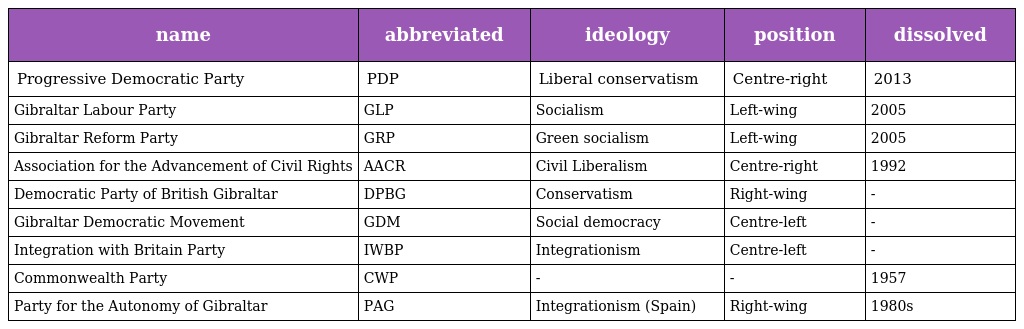
| name | abbreviated | ideology | position | dissolved |
 | --- | --- | --- | --- | --- |
 | Progressive Democratic Party | PDP | Liberal conservatism | Centre-right | 2013 |
 | Gibraltar Labour Party | GLP | Socialism | Left-wing | 2005 |
 | Gibraltar Reform Party | GRP | Green socialism | Left-wing | 2005 |
 | Association for the Advancement of Civil Rights | AACR | Civil Liberalism | Centre-right | 1992 |
 | Democratic Party of British Gibraltar | DPBG | Conservatism | Right-wing | - |
 | Gibraltar Democratic Movement | GDM | Social democracy | Centre-left | - |
 | Integration with Britain Party | IWBP | Integrationism | Centre-left | - |
 | Commonwealth Party | CWP | - | - | 1957 |
 | Party for the Autonomy of Gibraltar | PAG | Integrationism (Spain) | Right-wing | 1980s |